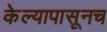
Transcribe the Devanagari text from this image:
केल्यापासूनच